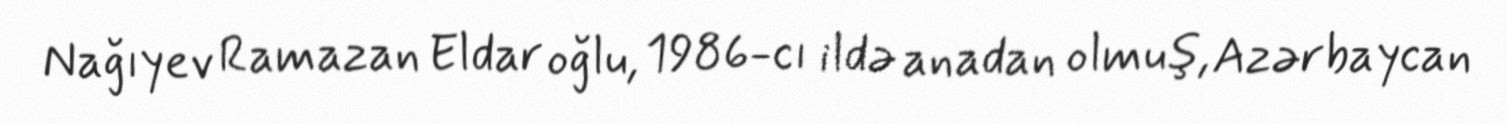
Nağıyev Ramazan Eldar oğlu, 1986-cı ildə anadan olmuş, Azərbaycan